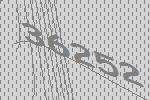
36252